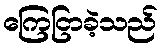
ကြေငြာခဲ့သည်